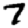
Digit: 7